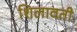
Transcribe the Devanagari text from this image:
शिलावती